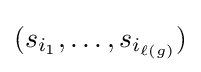
(s_{i_{1}},\ldots ,s_{i_{\ell (g)}})